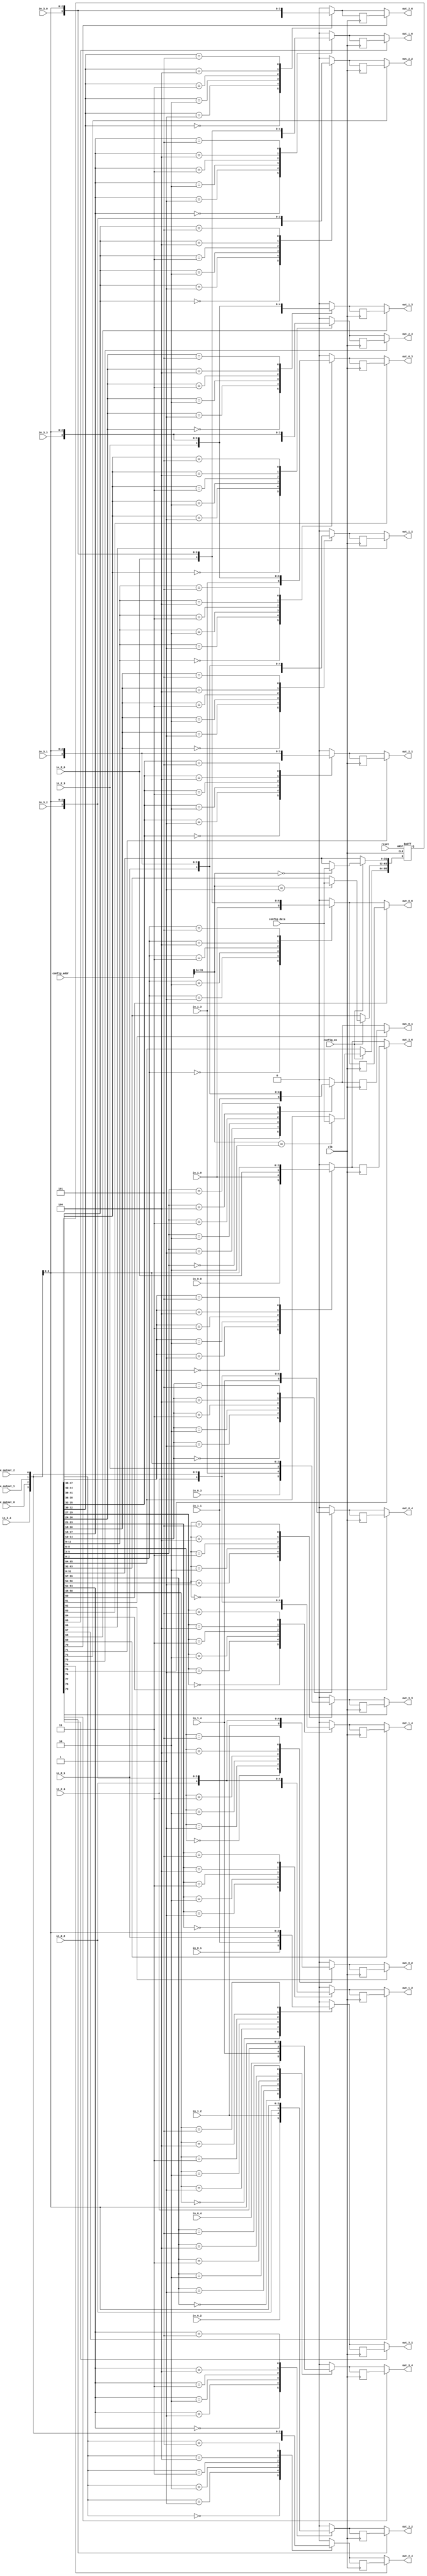
//
//--------------------------------------------------------------------------------
//          THIS FILE WAS AUTOMATICALLY GENERATED BY THE GENESIS2 ENGINE        
//  FOR MORE INFORMATION: OFER SHACHAM (CHIP GENESIS INC / STANFORD VLSI GROUP)
//    !! THIS VERSION OF GENESIS2 IS NOT FOR ANY COMMERCIAL USE !!
//     FOR COMMERCIAL LICENSE CONTACT SHACHAM@ALUMNI.STANFORD.EDU
//--------------------------------------------------------------------------------
//
//  
//	-----------------------------------------------
//	|            Genesis Release Info             |
//	|  $Change: 11904 $ --- $Date: 2013/08/03 $   |
//	-----------------------------------------------
//	
//
//  Source file: /Users/dillon/VerilogWorkspace/CGRAGenerator/hardware/generator_z/sb/sb.vp
//  Source template: sb
//
// --------------- Begin Pre-Generation Parameters Status Report ---------------
//
//	From 'generate' statement (priority=5):
// Parameter pe_output_count 	= 3
// Parameter is_bidi 	= 0
// Parameter feedthrough_outputs 	= 00000
// Parameter num_tracks 	= 5
// Parameter sides 	= 4
// Parameter width 	= 1
// Parameter registered_outputs 	= 11111
//
//		---- ---- ---- ---- ---- ---- ---- ---- ---- ---- ----
//
//	From Command Line input (priority=4):
//
//		---- ---- ---- ---- ---- ---- ---- ---- ---- ---- ----
//
//	From XML input (priority=3):
//
//		---- ---- ---- ---- ---- ---- ---- ---- ---- ---- ----
//
//	From Config File input (priority=2):
//
// ---------------- End Pre-Generation Pramameters Status Report ----------------

// width (_GENESIS2_INHERITANCE_PRIORITY_) = 1
//
// num_tracks (_GENESIS2_INHERITANCE_PRIORITY_) = 5
//
// sides (_GENESIS2_INHERITANCE_PRIORITY_) = 4
//
// feedthrough_outputs (_GENESIS2_INHERITANCE_PRIORITY_) = 00000
//
// registered_outputs (_GENESIS2_INHERITANCE_PRIORITY_) = 0x2b67
//
// pe_output_count (_GENESIS2_INHERITANCE_PRIORITY_) = 3
//
// is_bidi (_GENESIS2_INHERITANCE_PRIORITY_) = 0
//
// sb_fs (_GENESIS2_DECLARATION_PRIORITY_) = 10000#10000#10000
//



module sb_unq3 (
clk, reset,
pe_output_0,
pe_output_1,
pe_output_2,
out_0_0,
in_0_0,
out_0_1,
in_0_1,
out_0_2,
in_0_2,
out_0_3,
in_0_3,
out_0_4,
in_0_4,
out_1_0,
in_1_0,
out_1_1,
in_1_1,
out_1_2,
in_1_2,
out_1_3,
in_1_3,
out_1_4,
in_1_4,
out_2_0,
in_2_0,
out_2_1,
in_2_1,
out_2_2,
in_2_2,
out_2_3,
in_2_3,
out_2_4,
in_2_4,
out_3_0,
in_3_0,
out_3_1,
in_3_1,
out_3_2,
in_3_2,
out_3_3,
in_3_3,
out_3_4,
in_3_4,
config_addr,
config_data,
config_en
);

  input  clk;
  input  reset;
  input  config_en;
  input [31:0] config_data;

  // FIXME
  // Bits [31:24] are for switch box, [23:0] for connection box.
  // So bits  [23:0] go unused in this module.  Until this is fixed,
  // we have to let the linter know (verilator directives below) or it complains:
  // %Warning-UNUSED: .../sb_unq1.v:115: Bits of signal are not used: config_addr[23:0]
  /* verilator lint_off UNUSED */
  input [31:0] config_addr;
  /* verilator lint_on UNUSED */

  input [0:0] pe_output_0;
  input [0:0] pe_output_1;
  input [0:0] pe_output_2;
  
  output [0:0] out_0_0;
  input [0:0] in_0_0;
  output [0:0] out_0_1;
  input [0:0] in_0_1;
  output [0:0] out_0_2;
  input [0:0] in_0_2;
  output [0:0] out_0_3;
  input [0:0] in_0_3;
  output [0:0] out_0_4;
  input [0:0] in_0_4;
  output [0:0] out_1_0;
  input [0:0] in_1_0;
  output [0:0] out_1_1;
  input [0:0] in_1_1;
  output [0:0] out_1_2;
  input [0:0] in_1_2;
  output [0:0] out_1_3;
  input [0:0] in_1_3;
  output [0:0] out_1_4;
  input [0:0] in_1_4;
  output [0:0] out_2_0;
  input [0:0] in_2_0;
  output [0:0] out_2_1;
  input [0:0] in_2_1;
  output [0:0] out_2_2;
  input [0:0] in_2_2;
  output [0:0] out_2_3;
  input [0:0] in_2_3;
  output [0:0] out_2_4;
  input [0:0] in_2_4;
  output [0:0] out_3_0;
  input [0:0] in_3_0;
  output [0:0] out_3_1;
  input [0:0] in_3_1;
  output [0:0] out_3_2;
  input [0:0] in_3_2;
  output [0:0] out_3_3;
  input [0:0] in_3_3;
  output [0:0] out_3_4;
  input [0:0] in_3_4;




  // reg [95:0] config_sb;

  // Note not all config bits are used by this module.  Is this on purpose?
  // As a result, however, verilator needs lint directives or it complains:
  // %Warning-UNUSED: .../sb_unq1.v:164: Bits of signal are not used: config_sb[63:60]
  // %Warning-UNUSED: .../sb_unq3.v:164: Bits of signal are not used: config_sb[63:40]
  // [FIXME Owner please confirm that this is correct and delete this FIXME line]

  /* verilator lint_off UNUSED */
  reg [95:0] config_sb;
  /* verilator lint_on UNUSED */
  
  always @(posedge clk or posedge reset) begin
    if (reset==1'b1) begin

   // #// Seems like the entire register should be initialized, not just a subset of the bits, yes?
   // #// FIXME Owner please check that this is still correct!
   // #// config_sb <= 80'd0;
   // #   config_sb <= 96'd0;

   // 12/2017 Nikhil changed default to pe_output to avoid loops
   // config_sb <= ~(96'd0);
   // 
   // 12/2017 SR changed default so that pe_output is selected AND registers are off
   // Want regs initialized to zero, everything else to 1 e.g. 64'h0000,00FF,FFFF,FFFF
      config_sb <= 96'h1000000000000000;

    end else begin
      if (config_en==1'b1) begin
         case (config_addr[31:24])
           8'd0: config_sb[31:0] <= config_data;
           8'd1: config_sb[63:32] <= config_data;
           8'd2: config_sb[95:64] <= config_data;

           default: ;

         endcase
      end
    end
  end

  reg [0:0] out_0_0_i;
  always @(*) begin
    case (config_sb[2:0])
        3'd0: out_0_0_i = in_1_0;
        3'd1: out_0_0_i = in_2_0;
        3'd2: out_0_0_i = in_3_0;
        3'd3: out_0_0_i = pe_output_0;
        3'd4: out_0_0_i = pe_output_1;
        3'd5: out_0_0_i = pe_output_2;
        default: out_0_0_i = 0;
    endcase
  end
  reg [0:0] out_0_0_id1;
  always @(posedge clk) begin
    out_0_0_id1 <= out_0_0_i;
  end
  assign out_0_0 = config_sb[60]?out_0_0_id1:out_0_0_i; 
  reg [0:0] out_0_1_i;
  always @(*) begin
    case (config_sb[5:3])
        3'd0: out_0_1_i = in_1_1;
        3'd1: out_0_1_i = in_2_1;
        3'd2: out_0_1_i = in_3_1;
        3'd3: out_0_1_i = pe_output_0;
        3'd4: out_0_1_i = pe_output_1;
        3'd5: out_0_1_i = pe_output_2;
        default: out_0_1_i = 0;
    endcase
  end
  reg [0:0] out_0_1_id1;
  always @(posedge clk) begin
    out_0_1_id1 <= out_0_1_i;
  end
  assign out_0_1 = config_sb[61]?out_0_1_id1:out_0_1_i; 
  reg [0:0] out_0_2_i;
  always @(*) begin
    case (config_sb[8:6])
        3'd0: out_0_2_i = in_1_2;
        3'd1: out_0_2_i = in_2_2;
        3'd2: out_0_2_i = in_3_2;
        3'd3: out_0_2_i = pe_output_0;
        3'd4: out_0_2_i = pe_output_1;
        3'd5: out_0_2_i = pe_output_2;
        default: out_0_2_i = 0;
    endcase
  end
  reg [0:0] out_0_2_id1;
  always @(posedge clk) begin
    out_0_2_id1 <= out_0_2_i;
  end
  assign out_0_2 = config_sb[62]?out_0_2_id1:out_0_2_i; 
  reg [0:0] out_0_3_i;
  always @(*) begin
    case (config_sb[11:9])
        3'd0: out_0_3_i = in_1_3;
        3'd1: out_0_3_i = in_2_3;
        3'd2: out_0_3_i = in_3_3;
        3'd3: out_0_3_i = pe_output_0;
        3'd4: out_0_3_i = pe_output_1;
        3'd5: out_0_3_i = pe_output_2;
        default: out_0_3_i = 0;
    endcase
  end
  reg [0:0] out_0_3_id1;
  always @(posedge clk) begin
    out_0_3_id1 <= out_0_3_i;
  end
  assign out_0_3 = config_sb[63]?out_0_3_id1:out_0_3_i; 
  reg [0:0] out_0_4_i;
  always @(*) begin
    case (config_sb[14:12])
        3'd0: out_0_4_i = in_1_4;
        3'd1: out_0_4_i = in_2_4;
        3'd2: out_0_4_i = in_3_4;
        3'd3: out_0_4_i = pe_output_0;
        3'd4: out_0_4_i = pe_output_1;
        3'd5: out_0_4_i = pe_output_2;
        default: out_0_4_i = 0;
    endcase
  end
  reg [0:0] out_0_4_id1;
  always @(posedge clk) begin
    out_0_4_id1 <= out_0_4_i;
  end
  assign out_0_4 = config_sb[64]?out_0_4_id1:out_0_4_i; 
  reg [0:0] out_1_0_i;
  always @(*) begin
    case (config_sb[17:15])
        3'd0: out_1_0_i = in_0_0;
        3'd1: out_1_0_i = in_2_0;
        3'd2: out_1_0_i = in_3_0;
        3'd3: out_1_0_i = pe_output_0;
        3'd4: out_1_0_i = pe_output_1;
        3'd5: out_1_0_i = pe_output_2;
        default: out_1_0_i = 0;
    endcase
  end
  reg [0:0] out_1_0_id1;
  always @(posedge clk) begin
    out_1_0_id1 <= out_1_0_i;
  end
  assign out_1_0 = config_sb[65]?out_1_0_id1:out_1_0_i; 
  reg [0:0] out_1_1_i;
  always @(*) begin
    case (config_sb[20:18])
        3'd0: out_1_1_i = in_0_1;
        3'd1: out_1_1_i = in_2_1;
        3'd2: out_1_1_i = in_3_1;
        3'd3: out_1_1_i = pe_output_0;
        3'd4: out_1_1_i = pe_output_1;
        3'd5: out_1_1_i = pe_output_2;
        default: out_1_1_i = 0;
    endcase
  end
  reg [0:0] out_1_1_id1;
  always @(posedge clk) begin
    out_1_1_id1 <= out_1_1_i;
  end
  assign out_1_1 = config_sb[66]?out_1_1_id1:out_1_1_i; 
  reg [0:0] out_1_2_i;
  always @(*) begin
    case (config_sb[23:21])
        3'd0: out_1_2_i = in_0_2;
        3'd1: out_1_2_i = in_2_2;
        3'd2: out_1_2_i = in_3_2;
        3'd3: out_1_2_i = pe_output_0;
        3'd4: out_1_2_i = pe_output_1;
        3'd5: out_1_2_i = pe_output_2;
        default: out_1_2_i = 0;
    endcase
  end
  reg [0:0] out_1_2_id1;
  always @(posedge clk) begin
    out_1_2_id1 <= out_1_2_i;
  end
  assign out_1_2 = config_sb[67]?out_1_2_id1:out_1_2_i; 
  reg [0:0] out_1_3_i;
  always @(*) begin
    case (config_sb[26:24])
        3'd0: out_1_3_i = in_0_3;
        3'd1: out_1_3_i = in_2_3;
        3'd2: out_1_3_i = in_3_3;
        3'd3: out_1_3_i = pe_output_0;
        3'd4: out_1_3_i = pe_output_1;
        3'd5: out_1_3_i = pe_output_2;
        default: out_1_3_i = 0;
    endcase
  end
  reg [0:0] out_1_3_id1;
  always @(posedge clk) begin
    out_1_3_id1 <= out_1_3_i;
  end
  assign out_1_3 = config_sb[68]?out_1_3_id1:out_1_3_i; 
  reg [0:0] out_1_4_i;
  always @(*) begin
    case (config_sb[29:27])
        3'd0: out_1_4_i = in_0_4;
        3'd1: out_1_4_i = in_2_4;
        3'd2: out_1_4_i = in_3_4;
        3'd3: out_1_4_i = pe_output_0;
        3'd4: out_1_4_i = pe_output_1;
        3'd5: out_1_4_i = pe_output_2;
        default: out_1_4_i = 0;
    endcase
  end
  reg [0:0] out_1_4_id1;
  always @(posedge clk) begin
    out_1_4_id1 <= out_1_4_i;
  end
  assign out_1_4 = config_sb[69]?out_1_4_id1:out_1_4_i; 
  reg [0:0] out_2_0_i;
  always @(*) begin
    case (config_sb[32:30])
        3'd0: out_2_0_i = in_0_0;
        3'd1: out_2_0_i = in_1_0;
        3'd2: out_2_0_i = in_3_0;
        3'd3: out_2_0_i = pe_output_0;
        3'd4: out_2_0_i = pe_output_1;
        3'd5: out_2_0_i = pe_output_2;
        default: out_2_0_i = 0;
    endcase
  end
  reg [0:0] out_2_0_id1;
  always @(posedge clk) begin
    out_2_0_id1 <= out_2_0_i;
  end
  assign out_2_0 = config_sb[70]?out_2_0_id1:out_2_0_i; 
  reg [0:0] out_2_1_i;
  always @(*) begin
    case (config_sb[35:33])
        3'd0: out_2_1_i = in_0_1;
        3'd1: out_2_1_i = in_1_1;
        3'd2: out_2_1_i = in_3_1;
        3'd3: out_2_1_i = pe_output_0;
        3'd4: out_2_1_i = pe_output_1;
        3'd5: out_2_1_i = pe_output_2;
        default: out_2_1_i = 0;
    endcase
  end
  reg [0:0] out_2_1_id1;
  always @(posedge clk) begin
    out_2_1_id1 <= out_2_1_i;
  end
  assign out_2_1 = config_sb[71]?out_2_1_id1:out_2_1_i; 
  reg [0:0] out_2_2_i;
  always @(*) begin
    case (config_sb[38:36])
        3'd0: out_2_2_i = in_0_2;
        3'd1: out_2_2_i = in_1_2;
        3'd2: out_2_2_i = in_3_2;
        3'd3: out_2_2_i = pe_output_0;
        3'd4: out_2_2_i = pe_output_1;
        3'd5: out_2_2_i = pe_output_2;
        default: out_2_2_i = 0;
    endcase
  end
  reg [0:0] out_2_2_id1;
  always @(posedge clk) begin
    out_2_2_id1 <= out_2_2_i;
  end
  assign out_2_2 = config_sb[72]?out_2_2_id1:out_2_2_i; 
  reg [0:0] out_2_3_i;
  always @(*) begin
    case (config_sb[41:39])
        3'd0: out_2_3_i = in_0_3;
        3'd1: out_2_3_i = in_1_3;
        3'd2: out_2_3_i = in_3_3;
        3'd3: out_2_3_i = pe_output_0;
        3'd4: out_2_3_i = pe_output_1;
        3'd5: out_2_3_i = pe_output_2;
        default: out_2_3_i = 0;
    endcase
  end
  reg [0:0] out_2_3_id1;
  always @(posedge clk) begin
    out_2_3_id1 <= out_2_3_i;
  end
  assign out_2_3 = config_sb[73]?out_2_3_id1:out_2_3_i; 
  reg [0:0] out_2_4_i;
  always @(*) begin
    case (config_sb[44:42])
        3'd0: out_2_4_i = in_0_4;
        3'd1: out_2_4_i = in_1_4;
        3'd2: out_2_4_i = in_3_4;
        3'd3: out_2_4_i = pe_output_0;
        3'd4: out_2_4_i = pe_output_1;
        3'd5: out_2_4_i = pe_output_2;
        default: out_2_4_i = 0;
    endcase
  end
  reg [0:0] out_2_4_id1;
  always @(posedge clk) begin
    out_2_4_id1 <= out_2_4_i;
  end
  assign out_2_4 = config_sb[74]?out_2_4_id1:out_2_4_i; 
  reg [0:0] out_3_0_i;
  always @(*) begin
    case (config_sb[47:45])
        3'd0: out_3_0_i = in_0_0;
        3'd1: out_3_0_i = in_1_0;
        3'd2: out_3_0_i = in_2_0;
        3'd3: out_3_0_i = pe_output_0;
        3'd4: out_3_0_i = pe_output_1;
        3'd5: out_3_0_i = pe_output_2;
        default: out_3_0_i = 0;
    endcase
  end
  reg [0:0] out_3_0_id1;
  always @(posedge clk) begin
    out_3_0_id1 <= out_3_0_i;
  end
  assign out_3_0 = config_sb[75]?out_3_0_id1:out_3_0_i; 
  reg [0:0] out_3_1_i;
  always @(*) begin
    case (config_sb[50:48])
        3'd0: out_3_1_i = in_0_1;
        3'd1: out_3_1_i = in_1_1;
        3'd2: out_3_1_i = in_2_1;
        3'd3: out_3_1_i = pe_output_0;
        3'd4: out_3_1_i = pe_output_1;
        3'd5: out_3_1_i = pe_output_2;
        default: out_3_1_i = 0;
    endcase
  end
  reg [0:0] out_3_1_id1;
  always @(posedge clk) begin
    out_3_1_id1 <= out_3_1_i;
  end
  assign out_3_1 = config_sb[76]?out_3_1_id1:out_3_1_i; 
  reg [0:0] out_3_2_i;
  always @(*) begin
    case (config_sb[53:51])
        3'd0: out_3_2_i = in_0_2;
        3'd1: out_3_2_i = in_1_2;
        3'd2: out_3_2_i = in_2_2;
        3'd3: out_3_2_i = pe_output_0;
        3'd4: out_3_2_i = pe_output_1;
        3'd5: out_3_2_i = pe_output_2;
        default: out_3_2_i = 0;
    endcase
  end
  reg [0:0] out_3_2_id1;
  always @(posedge clk) begin
    out_3_2_id1 <= out_3_2_i;
  end
  assign out_3_2 = config_sb[77]?out_3_2_id1:out_3_2_i; 
  reg [0:0] out_3_3_i;
  always @(*) begin
    case (config_sb[56:54])
        3'd0: out_3_3_i = in_0_3;
        3'd1: out_3_3_i = in_1_3;
        3'd2: out_3_3_i = in_2_3;
        3'd3: out_3_3_i = pe_output_0;
        3'd4: out_3_3_i = pe_output_1;
        3'd5: out_3_3_i = pe_output_2;
        default: out_3_3_i = 0;
    endcase
  end
  reg [0:0] out_3_3_id1;
  always @(posedge clk) begin
    out_3_3_id1 <= out_3_3_i;
  end
  assign out_3_3 = config_sb[78]?out_3_3_id1:out_3_3_i; 
  reg [0:0] out_3_4_i;
  always @(*) begin
    case (config_sb[59:57])
        3'd0: out_3_4_i = in_0_4;
        3'd1: out_3_4_i = in_1_4;
        3'd2: out_3_4_i = in_2_4;
        3'd3: out_3_4_i = pe_output_0;
        3'd4: out_3_4_i = pe_output_1;
        3'd5: out_3_4_i = pe_output_2;
        default: out_3_4_i = 0;
    endcase
  end
  reg [0:0] out_3_4_id1;
  always @(posedge clk) begin
    out_3_4_id1 <= out_3_4_i;
  end
  assign out_3_4 = config_sb[79]?out_3_4_id1:out_3_4_i; 
endmodule